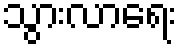
သွားလာရေး